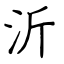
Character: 沂